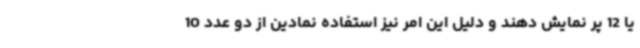
یا 12 پر نمایش دهند و دلیل این امر نیز استفاده نمادین از دو عدد 10